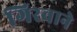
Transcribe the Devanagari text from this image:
गिरवाने